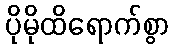
ပိုမိုထိရောက်စွာ